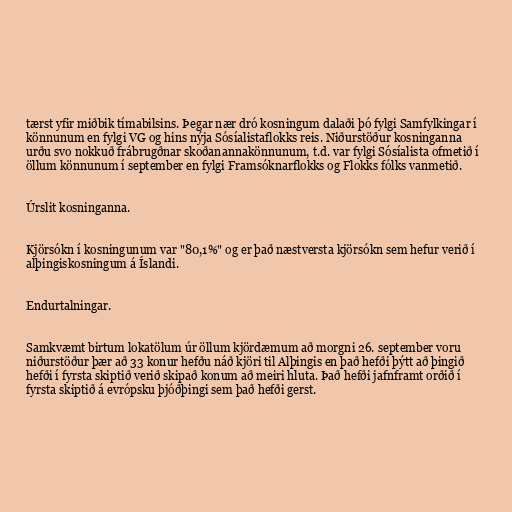
tærst yfir miðbik tímabilsins. Þegar nær dró kosningum dalaði þó fylgi Samfylkingar í
könnunum en fylgi VG og hins nýja Sósíalistaflokks reis. Niðurstöður kosninganna
urðu svo nokkuð frábrugðnar skoðanannakönnunum, t.d. var fylgi Sósíalista ofmetið í
öllum könnunum í september en fylgi Framsóknarflokks og Flokks fólks vanmetið.

Úrslit kosninganna.

Kjörsókn í kosningunum var "80,1%" og er það næstversta kjörsókn sem hefur verið í
alþingiskosningum á Íslandi.

Endurtalningar.

Samkvæmt birtum lokatölum úr öllum kjördæmum að morgni 26. september voru
niðurstöður þær að 33 konur hefðu náð kjöri til Alþingis en það hefði þýtt að þingið
hefði í fyrsta skiptið verið skipað konum að meiri hluta. Það hefði jafnframt orðið í
fyrsta skiptið á evrópsku þjóðþingi sem það hefði gerst.